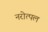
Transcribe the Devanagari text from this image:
नरोत्पल